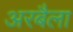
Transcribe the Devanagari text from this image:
अरबैला